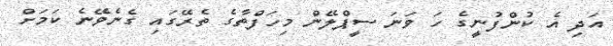
އަދި އެ ކުންފުނީގެ ހަ ވަނަ ސީޕްލޭން މިހަފްތާގެ ތެރޭގައި ގެނެވޭނެ ކަމަށް